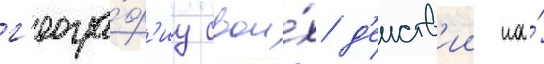
г'еогра́ф'иу свои́х д'еиств'ии на́